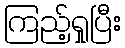
ကြည့်ရှုပြီး